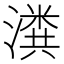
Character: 𬉂